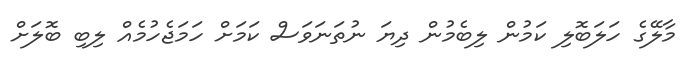
މާލޭގެ ހަލަބޮލި ކަމުން ލިބެމުން ދިޔަ ނުތަނަވަސް ކަމަށް ހަމަޖެހުމެއް ލިބި ބޮލަށް